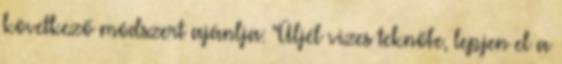
következő módszert ajánlja: "Üljél vizes teknőbe, lepjen el a